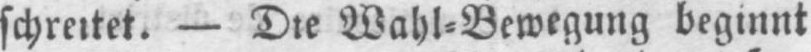
schreitet. - Die Wahl⸗Bewegung beginnt